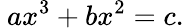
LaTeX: \ ax^{3}+bx^{2}=c.